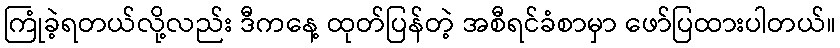
ကြုံခဲ့ရတယ်လို့လည်း ဒီကနေ့ ထုတ်ပြန်တဲ့ အစီရင်ခံစာမှာ ဖော်ပြထားပါတယ်။